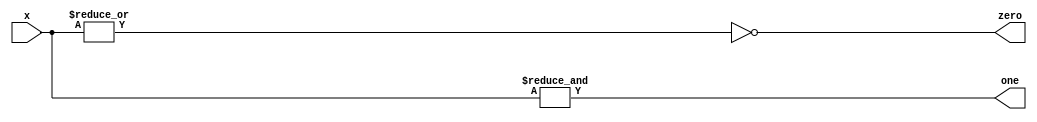
`timescale 1ns / 1ps
 
module all_bit_zero_or_one_detector_reduction(
    input wire  [7:0]   x,
    output wire         zero, one
    );
   
    assign zero = ~(|x);    // all bit zero
    assign one = &x;        // all-bit one

endmodule